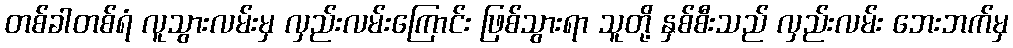
တစ်ခါတစ်ရံ လူသွားလမ်းမှ လှည်းလမ်းကြောင်း ဖြစ်သွားရာ သူတို့ နှစ်စီးသည် လှည်းလမ်း ဘေးဘက်မှ